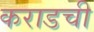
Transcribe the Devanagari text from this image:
कराडची